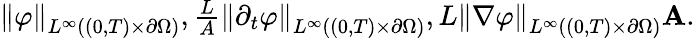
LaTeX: \begin{array}{r}{\left\lVert\varphi\right\rVert_{L^{\infty}((0,T)\times\partial\Omega)},\frac LA\left\lVert\partial_{t}\varphi\right\rVert_{L^{\infty}((0,T)\times\partial\Omega)},L\left\lVert\nabla\varphi\right\rVert_{L^{\infty}((0,T)\times\partial\Omega)}\le A.}\end{array}